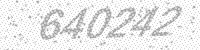
Solution: 640242